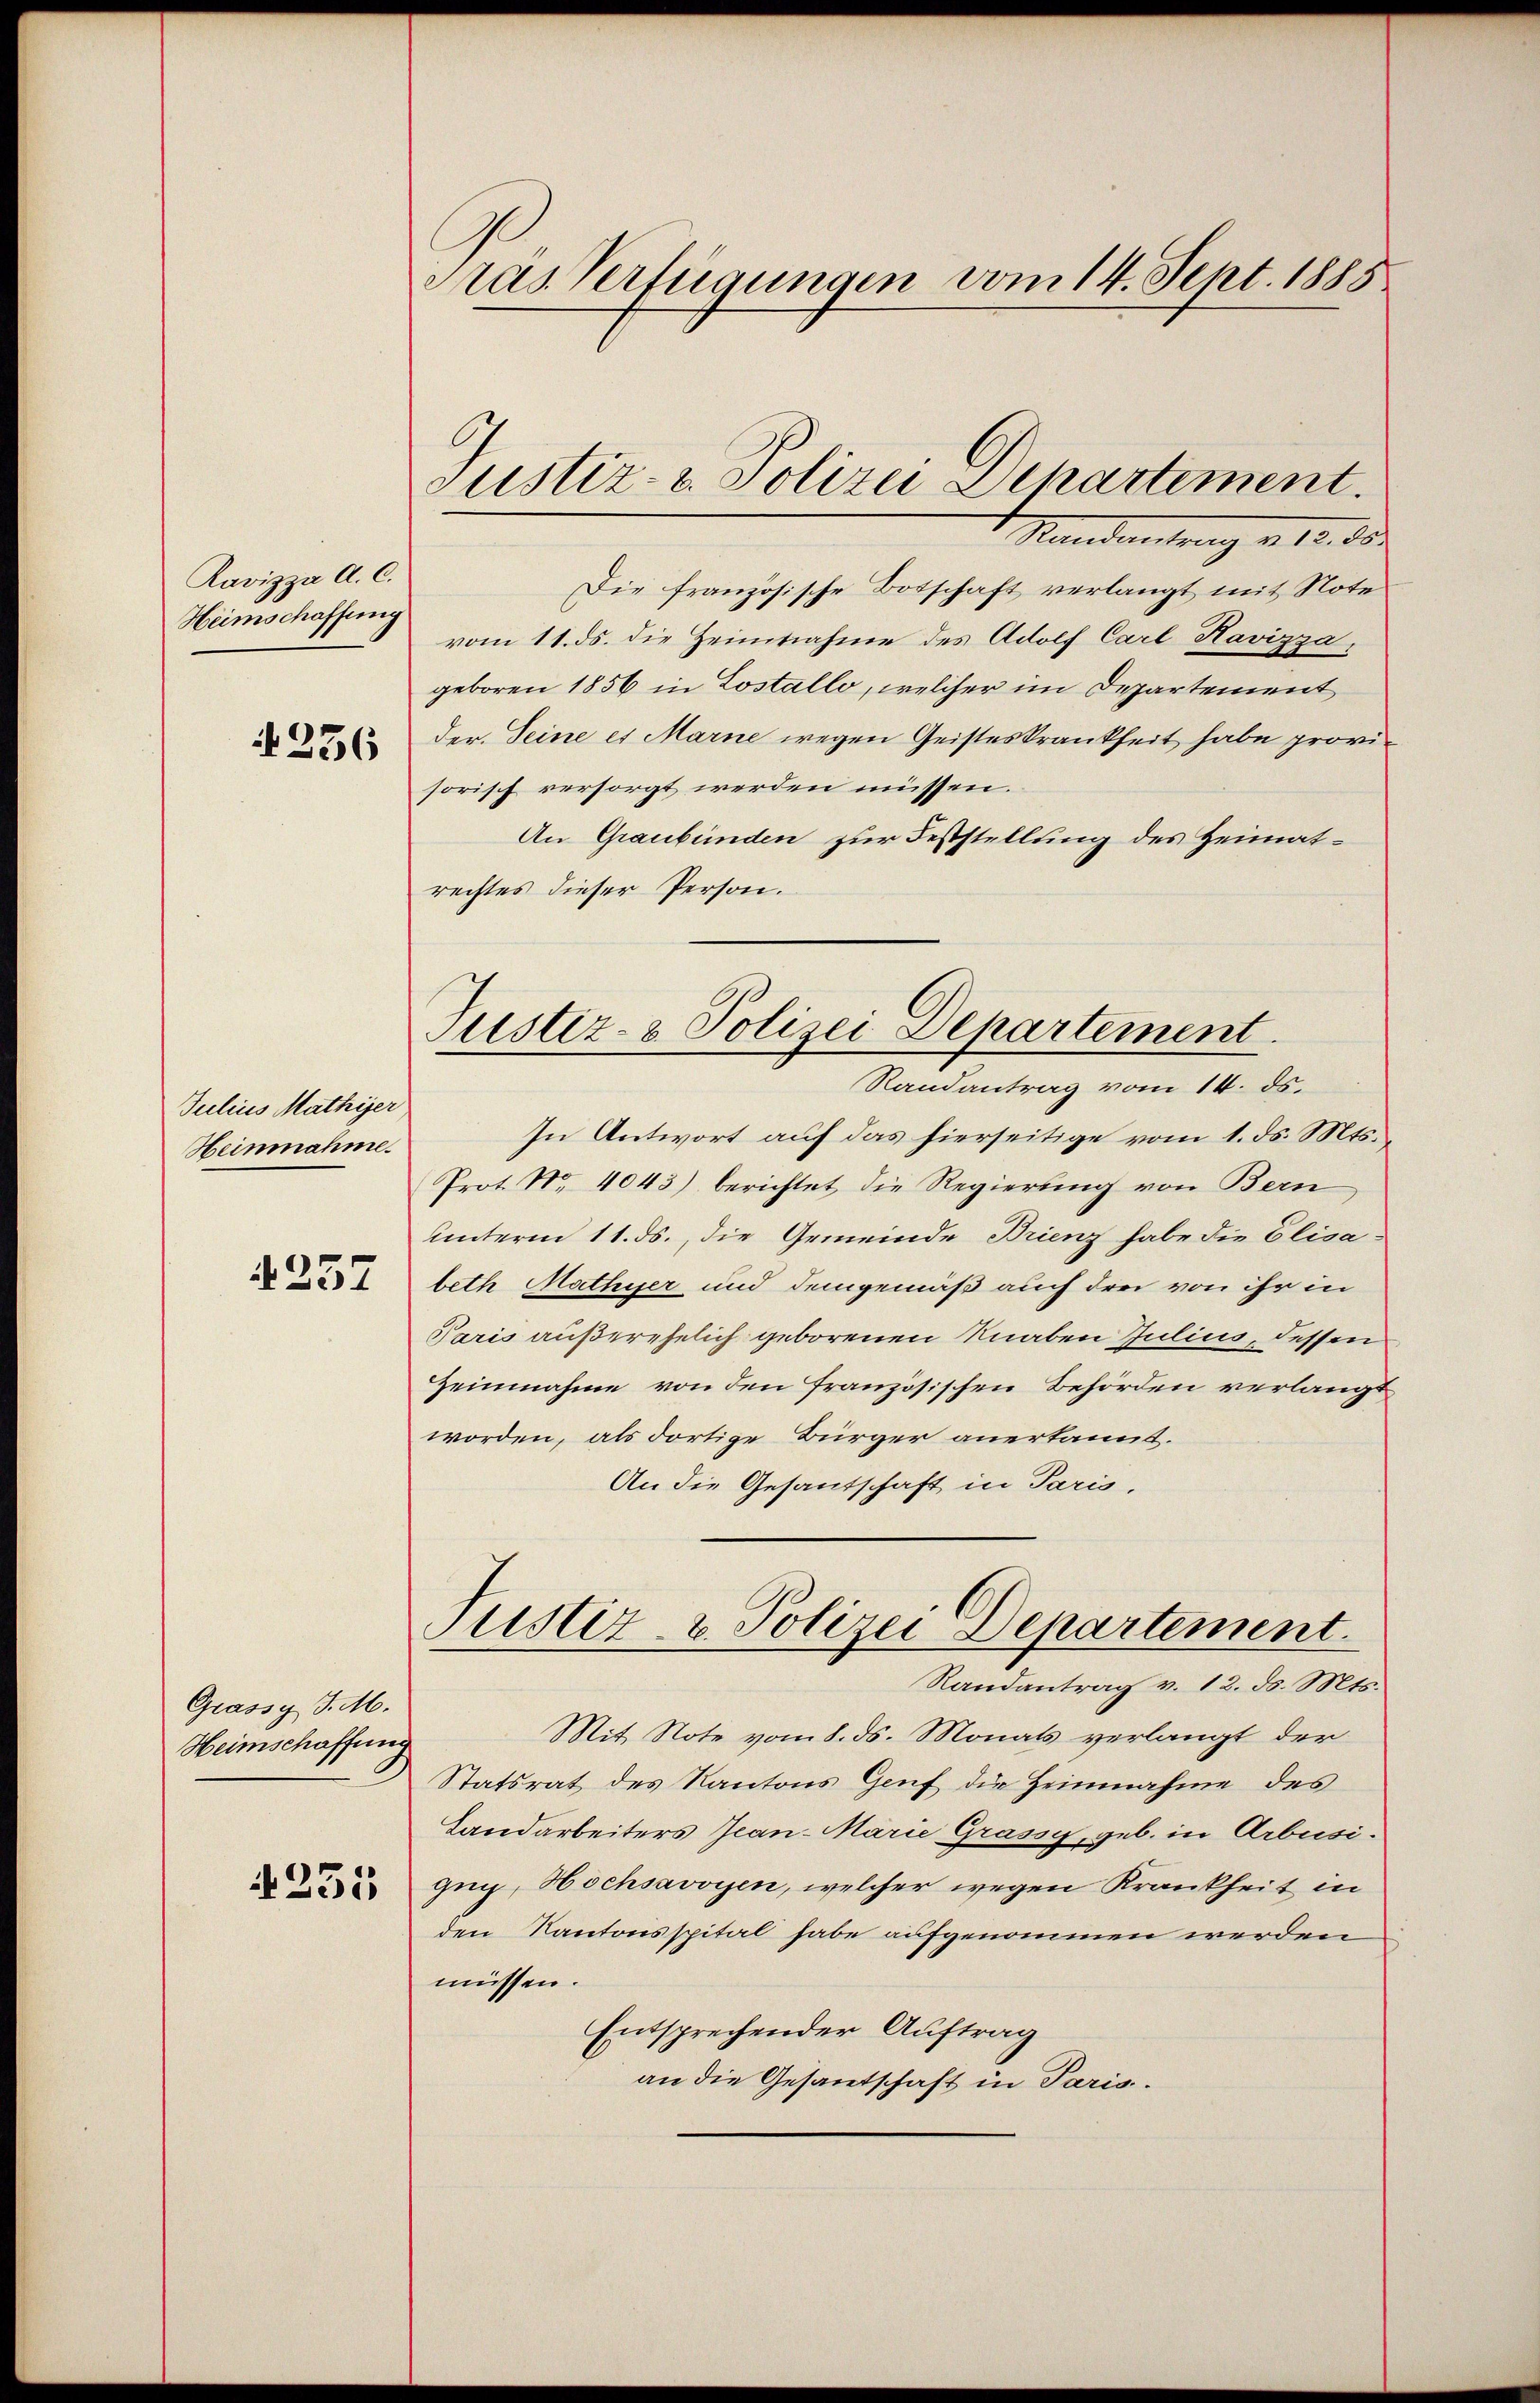
Ravizza A. C.
Heimschaffung

236

Julius Mathiger
Heinnahme.
4257

Grassy J. M.
Heimschaffnun

4231

Pras Verfügungen vom 14. Sept. 1885

Justiz- u. Polizei Departement.
Standentrag v. 15. ds.

Die französische Botschaft verlangt mit Note
vom 11. ds. die Heimtnahme des Adolf Carl Havizza,
geboren 1856 in Lostallo, welcher im Departement
der. Seine es Marne wegen Geisteskrankheit habe provisorisch versorgt werden müssen.
An Graubünden zur Feststellung des Heimatrechtes dieser Person.
Randantrag vom 14. ds.
In Antwort auf das hierseitige vom 1. ds. Mts.,
Prot. Nr. 4043) berichtet die Regierung von Bern
unterm 11. ds., die Gemeinde Brienz habe die Elisabeth Mathyer und demgemäß auch drei von ihr in
Paris außerehelich geborenen Knaben Julius, dessen
Zeinnahme von den französischen Behörden verlangt
worden, als dortige Bürger anerkannt.
An die Gesantschaft in Paris.
Justiz- & Polizei Departement.
Randantrag v. 12. ds. Mts.
Mit Note vom 8. ds. Monats verlangt der
Statsrat des Kantons Genf die Heimnahme des
Landarbeiters Jean-Marie Grassy, geb. in Arbusi-
gug, Hochsavoyen, welcher wegen Krankheit in
den Kantonsspital habe aufgenommen werden
müssen.
Entsprechender Auftrag
an die Gesandschaft in Paris.

Justiz- & Polizei Departement